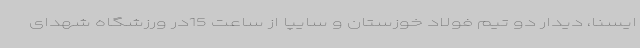
ایسنا، دیدار دو تیم فولاد خوزستان و سایپا از ساعت 15در ورزشگاه شهدای